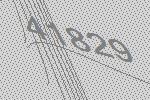
41829